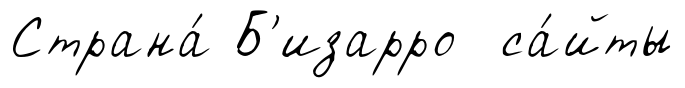
Страна́ Б'изарро са́йты